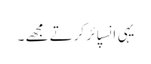
یہی انسپائر کرتے مجھے ۔